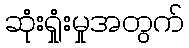
ဆုံးရှုံးမှုအတွက်